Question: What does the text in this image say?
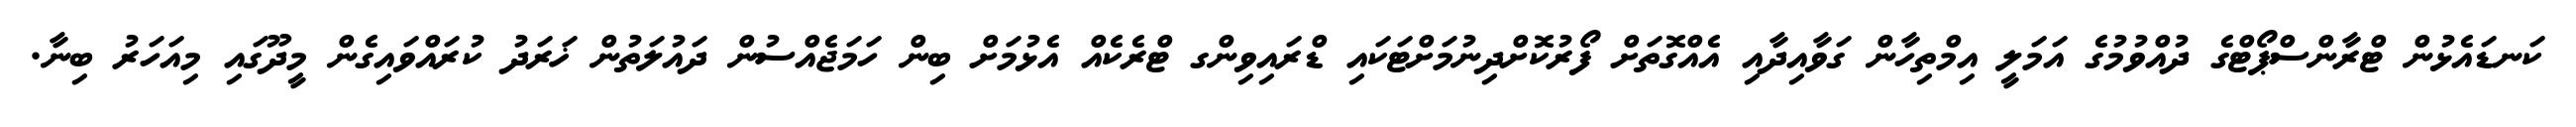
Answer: ކަނޑައެޅުން ޓްރާންސްޕޯޓްގެ ދުއްވުމުގެ އަމަލީ އިމްތިހާން ގަވާއިދާއި އެއްގޮތަށް ފޯރުކޮށްދިނުމަށްޓަކައި ޑްރައިވިންގ ޓްރެކެއް އެޅުމަށް ބިން ހަމަޖެއްސުން ދައުލަތުން ޚަރަދު ކުރައްވައިގެން މީދޫގައި މިއަހަރު ބިނާ.